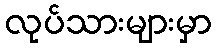
လုပ်သားများမှာ